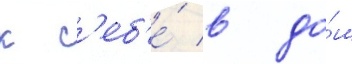
к с'еб'е́ в до́м